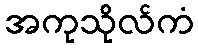
အကုသိုလ်ကံ